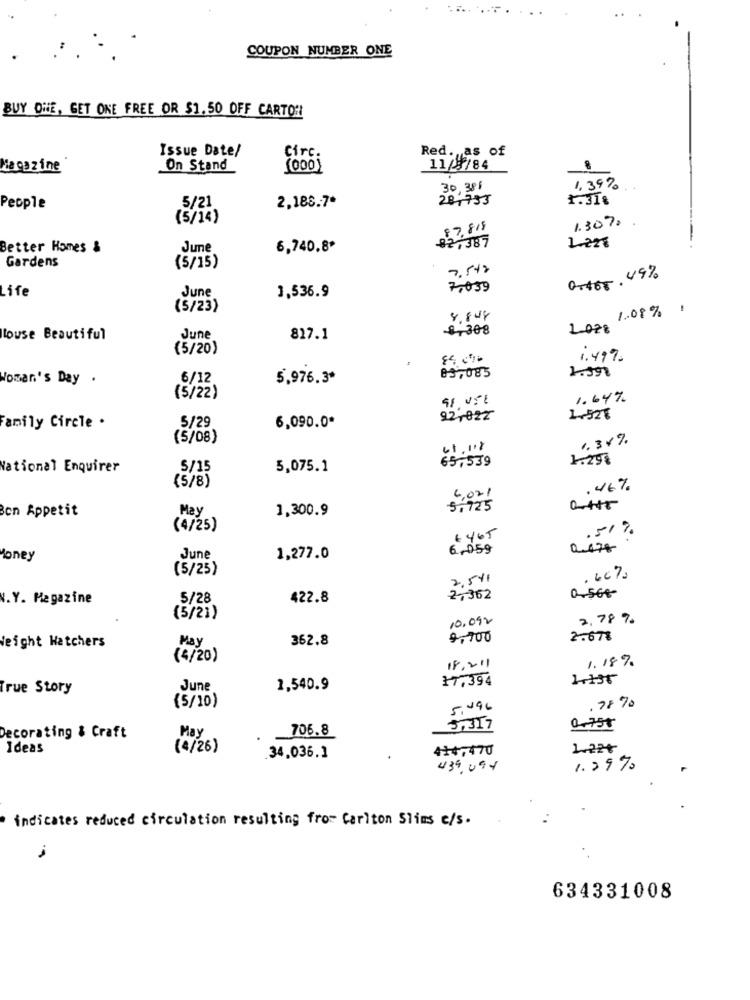
COUPON NUMBER ONE
BUY ONE, GET ONE FREE OR $1.50 OFF CARTO!
Issue Date/
Red. as of
Circ.
iacpzine
On Stand
(000)
11/8/84
30,381
1,39%
2,188.7*
28,753
1.31%
People
5/21
(5/14)
1.307,
87,815
02,387
1.228
Better Homes &
June
6,740.8º
Gardens
(5/15)
7.542
0r$65. 49%
June
7,039
Life
1,536.9
(5/23)
1.08%
8.848
++308
2008
louse Beautiful
June
817.1
(5/20)
85,070
1. 499.
1.398
Woman's Day .
6/12
5,976.3º
83,085
(5/22)
1.64%
22,022
1.528
Family Circle .
5/29
6,090.0º
(5/08)
1.34%
65,539
1.290
National Enquirer
5/15
5,075.1
(5/8)
.46%
Bon Appetit
May
1,300.9
5792
(4/25)
.51%
6465
6,059
2.478
Money
June
1,277.0
(5/25)
2.541
.66%
0-568-
W.Y. Magazine
5/28
422.8
2,362
(5/21)
10.092
2.78%
362.8
9,700
2.67%
Weight Watchers
May
(4/20)
1.18%
18,211
17,394
1.136
True Story
June
1,540.9
(5/10)
5.096
.78 %
706.8
5,317
0.755
Decorating & Craft
May
Ideas
(4/26)
414,470
1.22+
.34,036.1
439.09.4
1.29%
indicates reduced circulation resulting from Carlton Slims c/s.
634331008